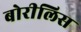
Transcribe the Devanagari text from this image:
बोरीलिस